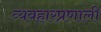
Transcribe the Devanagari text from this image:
व्यवहारप्रणाली